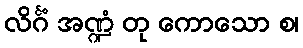
လိင်္ဂံ အဏ္ဍံ တု ကောသော စ၊